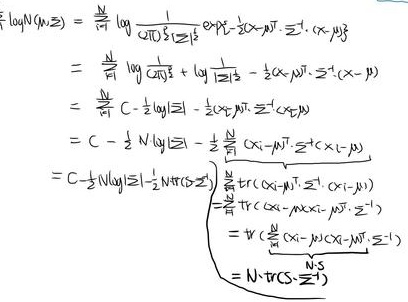
\[
\begin{align*}
\sum_{i = 1}^{N}\log\frac{1}{(2\pi)^{\frac{D}{2}}|\Sigma|^{\frac{1}{2}}}\exp\{-\frac{1}{2}(x_i - \mu)^T\Sigma^{-1}(x_i - \mu)\}&=\sum_{i = 1}^{N}\log\frac{1}{(2\pi)^{\frac{D}{2}}}+\log\frac{1}{|\Sigma|^{\frac{1}{2}}}-\frac{1}{2}(x_i - \mu)^T\Sigma^{-1}(x_i - \mu)\\
&=\sum_{i = 1}^{N}C-\frac{1}{2}\log|\Sigma|-\frac{1}{2}(x_i - \mu)^T\Sigma^{-1}(x_i - \mu)\\
&=C-\frac{1}{2}N\log|\Sigma|-\frac{1}{2}\sum_{i = 1}^{N}(x_i - \mu)^T\Sigma^{-1}(x_i - \mu)\\
&=C-\frac{1}{2}N\log|\Sigma|-\frac{1}{2}N\mathrm{tr}(\Sigma^{-1})\sum_{i = 1}^{N}\mathrm{tr}((x_i - \mu)(x_i - \mu)^T\Sigma^{-1})\\
&=\mathrm{tr}(\sum_{i = 1}^{N}(x_i - \mu)(x_i - \mu)^T\Sigma^{-1})\\
&=\mathrm{tr}(\sum_{i = 1}^{N}(x_i - \mu)(x_i - \mu)^T)\Sigma^{-1}\\
&=N\cdot\mathrm{tr}(S\cdot\Sigma^{-1})
\end{align*}
\]